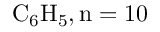
\mathrm { C _ { 6 } H _ { 5 } , n = 1 0 }